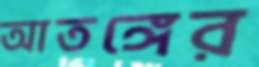
আতঙ্গের